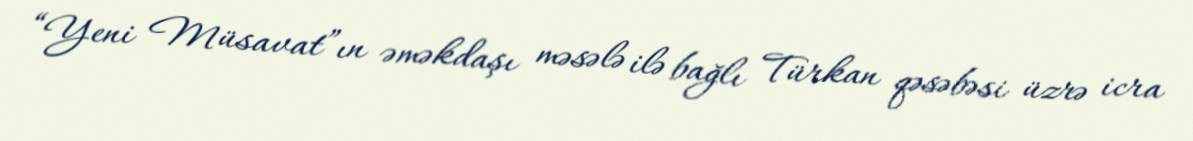
“Yeni Müsavat”ın əməkdaşı məsələ ilə bağlı Türkan qəsəbəsi üzrə icra